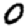
Digit: 0